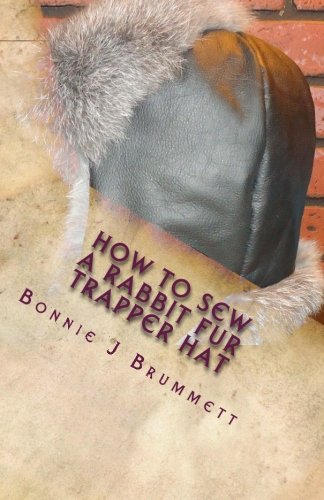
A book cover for How to Sew a Rabbit Fur Trapper Hat (Fur Crafting: A Forgotten Tradition) (Volume 2); Bonnie J Brummett; Crafts, Hobbies & Home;